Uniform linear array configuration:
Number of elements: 24
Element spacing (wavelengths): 0.25
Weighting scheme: kaiser
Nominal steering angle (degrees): -15
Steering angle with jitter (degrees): -15.612
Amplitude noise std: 0.05
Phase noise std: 0.05

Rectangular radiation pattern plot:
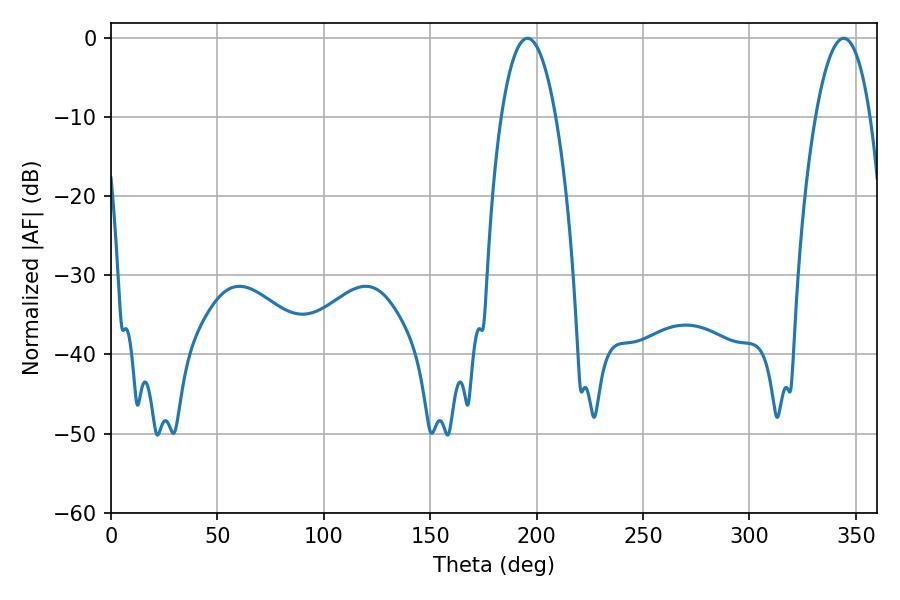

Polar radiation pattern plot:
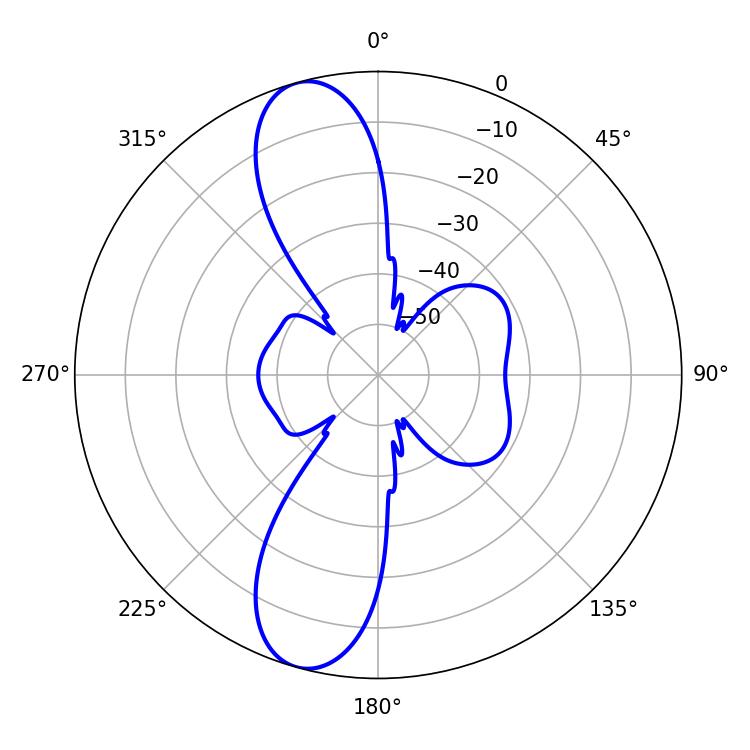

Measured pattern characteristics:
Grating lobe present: FALSE
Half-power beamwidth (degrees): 14.4
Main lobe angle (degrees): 195.66